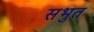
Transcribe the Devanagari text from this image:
सभुत